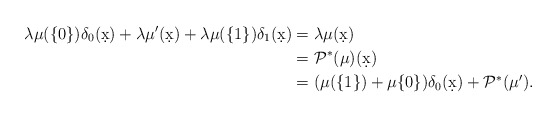
\begin{align*} \lambda \mu(\{0\}) \delta_0(\d x) + \lambda \mu'(\d x) + \lambda \mu(\{1\}) \delta_1(\d x) &= \lambda \mu(\d x)\\ &= \mathcal P^*(\mu)(\d x)\\ &= (\mu(\{1\}) + \mu\{0\}) \delta_0(\d x) + \mathcal P^* (\mu').\end{align*}